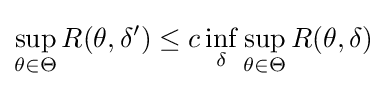
\sup _{\theta \in \Theta }R(\theta ,\delta ')\leq c\inf _{\delta }\sup _{\theta \in \Theta }R(\theta ,\delta )